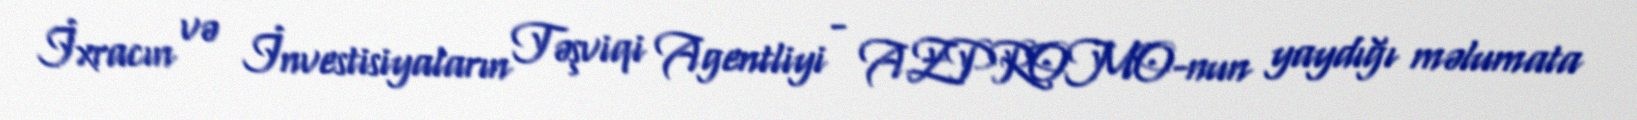
İxracın və İnvestisiyaların Təşviqi Agentliyi - AZPROMO-nun yaydığı məlumata